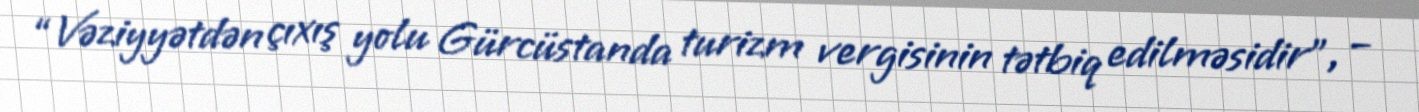
“Vəziyyətdən çıxış yolu Gürcüstanda turizm vergisinin tətbiq edilməsidir”, –